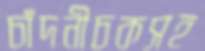
চাঁদনীচকসহ